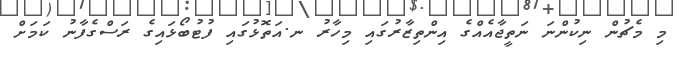
މި މެޗުން ނިކުންނަ ނަތީޖާއެއްގެ އިންތިޒާރުގައި މިހާރު ނ.އަތޮޅުގައި ފުޓުބޯޅައިގެ ރަސްގެފާނު ކަމަށް